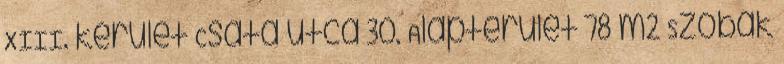
XIII. kerület Csata utca 30. Alapterület 78 m2 Szobák